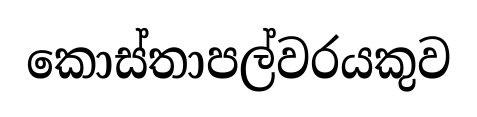
කොස්තාපල්වරයකුව